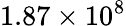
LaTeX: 1.87\times 10^{8}